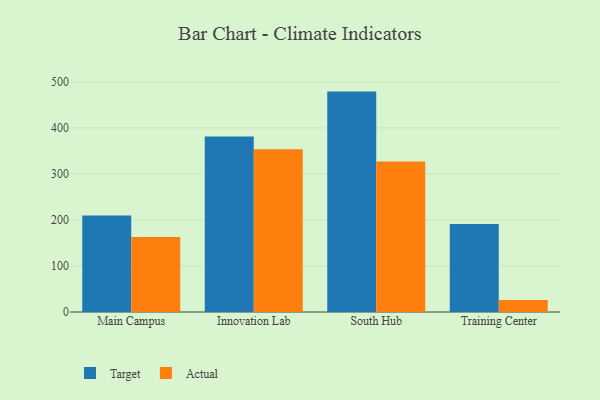
{"axis": {"x": "Campus", "y": "Active Users"}, "legend": ["Actual", "Target"], "data": [{"x": "Main Campus", "y": 209.6, "type": "Target"}, {"x": "Main Campus", "y": 163.1, "type": "Actual"}, {"x": "Innovation Lab", "y": 381.4, "type": "Target"}, {"x": "Innovation Lab", "y": 353.8, "type": "Actual"}, {"x": "South Hub", "y": 479.0, "type": "Target"}, {"x": "South Hub", "y": 327.2, "type": "Actual"}, {"x": "Training Center", "y": 191.5, "type": "Target"}, {"x": "Training Center", "y": 26.0, "type": "Actual"}]}